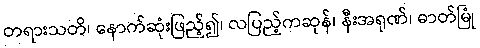
တရားသတိ၊ နောက်ဆုံးဖြည့်၍၊ လပြည့်ကဆုန်၊ နီးအရုဏ်၊ ဓာတ်မြုံ